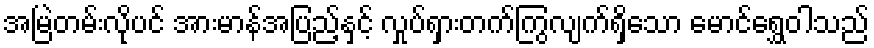
အမြဲတမ်းလိုပင် အားမာန်အပြည့်နှင့် လှုပ်ရှားတက်ကြွလျက်ရှိသော မောင်ရွှေဝါသည်